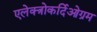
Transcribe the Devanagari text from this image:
एलेक्त्रोकर्दिओग्रम